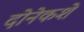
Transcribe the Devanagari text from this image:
दोनेकशे